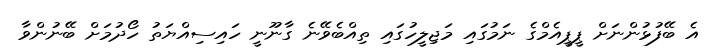
އެ ބޭފުޅުންނަށް ޕީޕީއެމްގެ ނަމުގައި މަޖިލީހުގައި ތިއްބެވޭނެ ގާނޫނީ ހައިސިއްޔަތު ހޯދުމަށް ބޭނުންވާ